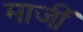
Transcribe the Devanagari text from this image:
माजीं